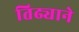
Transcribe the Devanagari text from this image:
तिढ्याने